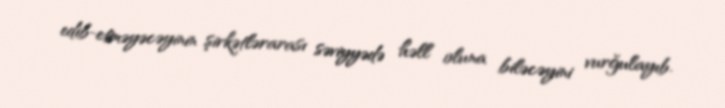
edib-etməyəcəyinin şirkətlərarası səviyyədə həll oluna biləcəyini vurğulayıb.